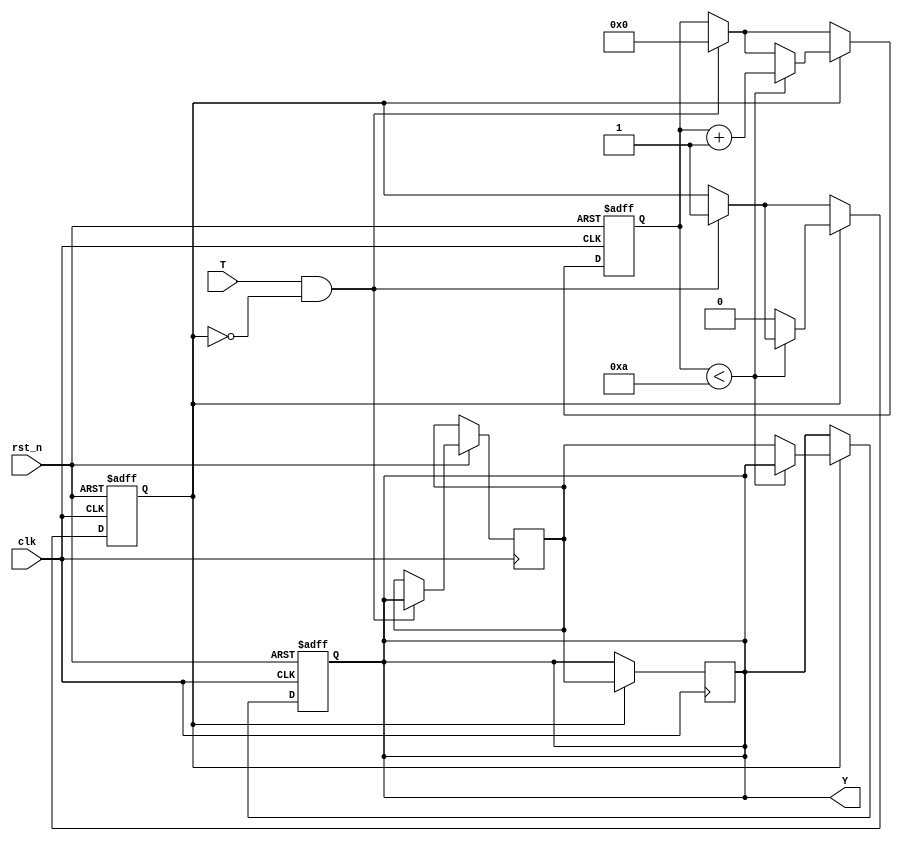
module hold_condition #(
    parameter H = 10 // Default hold time in clock cycles
)(
    input wire clk,      // Clock input
    input wire rst_n,    // Active low reset input
    input wire T,        // Trigger input
    output reg Y         // Hold output
);

    reg [31:0] counter;   // Counter for hold duration
    reg hold_active;      // Flag to indicate if hold is active
    reg initial_state;    // Variable to hold the state when triggered

    always @(posedge clk or negedge rst_n) begin
        if (!rst_n) begin
            Y <= 1'b0;          // Reset output to 0
            hold_active <= 1'b0; // Reset hold active flag
            counter <= 0;       // Reset counter
        end else begin
            if (T && !hold_active) begin
                initial_state <= Y; // Capture current state
                hold_active <= 1'b1; // Activate hold condition
                counter <= 0;         // Reset counter
            end
            
            if (hold_active) begin
                if (counter < H) begin
                    counter <= counter + 1; // Increment counter
                end else begin
                    hold_active <= 1'b0; // Deactivate hold after duration
                    Y <= initial_state;   // Return to the captured state
                end
            end
        end
    end

    // Update output based on hold condition
    always @(posedge clk) begin
        if (hold_active) begin
            Y <= initial_state; // Maintain the captured state during hold
        end
    end

endmodule